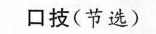
口技(节选)